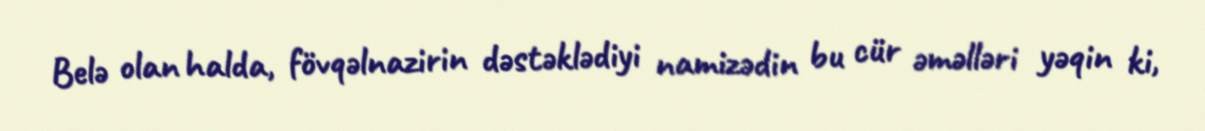
Belə olan halda, fövqəlnazirin dəstəklədiyi namizədin bu cür əməlləri yəqin ki,